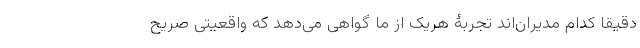
دقیقاً کدام مدیران‌اند تجربۀ هریک از ما گواهی می‌دهد که واقعیتی صریح